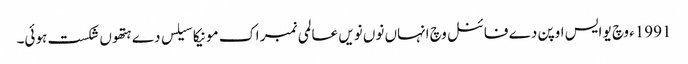
1991ء وچ یو ایس اوپن دے فائنل وچ انہاں نو‏ں نویں عالمی نمبر اک مونیکا سیلس دے ہتھو‏ں شکست ہوئی۔